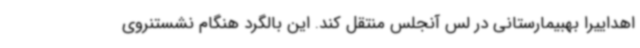
اهداییرا بهبیمارستانی در لس آنجلس منتقل کند. این بالگرد هنگام نشستنروی